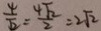
\frac { 4 } { \sqrt { 2 } } = \frac { 4 \sqrt { 2 } } { 2 } = 2 \sqrt { 2 }